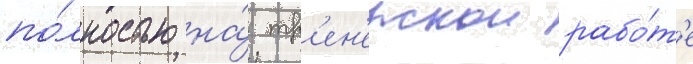
по́лностью на́ тр'ен'ерскои рабо́т'е